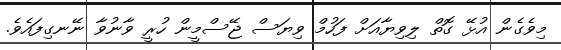
މިވެގެން އުޅޭ ގޮތް ލިވިޔާއަށް ފަހުމް ވިޔަސް ޖޭސްމީން ހުރީ ވާނުވާ ނޭނގިފައެވެ.